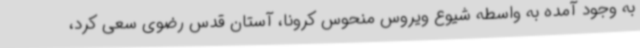
به وجود آمده به واسطه شیوع ویروس منحوس کرونا، آستان قدس رضوی سعی کرد،